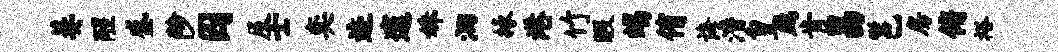
萋醒盛陟囚及士奕迹邃姝洄掾港竹暇竭侑诲潜皇鹧肯昌邕房俯裕